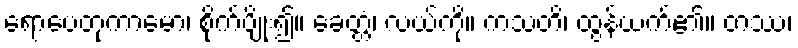
ရောပေတုကာမော၊ စိုက်ပျိုး၍။ ခေတ္တံ၊ လယ်ကို။ ကသတိ၊ ထွန်ယက်၏။ တဿ၊